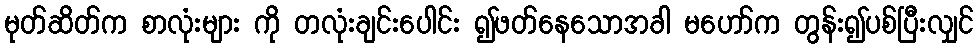
မုတ်ဆိတ်က စာလုံးများ ကို တလုံးချင်းပေါင်း ၍ဖတ်နေသောအခါ မဟော်က တွန်း၍ပစ်ပြီးလျှင်